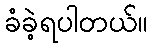
ခံခဲ့ရပါတယ်။